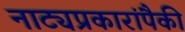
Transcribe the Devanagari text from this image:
नाट्यप्रकारांपैकी